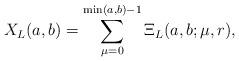
LaTeX: \begin{align*}X_L(a,b)=\sum_{\mu=0}^{\min(a,b)-1} \Xi_L(a,b;\mu,r),\end{align*}